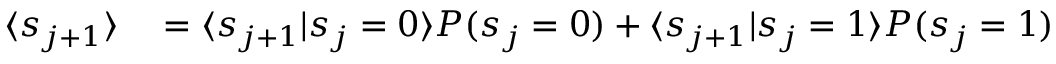
\begin{array} { r l } { \langle s _ { j + 1 } \rangle } & { { } = \langle s _ { j + 1 } | s _ { j } = 0 \rangle P ( s _ { j } = 0 ) + \langle s _ { j + 1 } | s _ { j } = 1 \rangle P ( s _ { j } = 1 ) } \end{array}